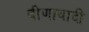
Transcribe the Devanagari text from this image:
वीणावादी